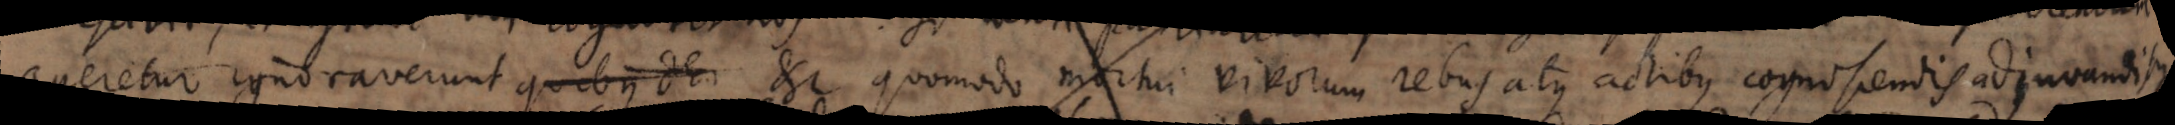
ageretur ignoraverunt etc. quomodo mortui vivorum rebus atque actibus cognoscendis adjuvandisque